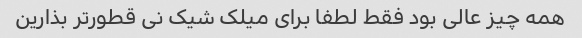
همه چیز عالی بود فقط لطفا برای میلک شیک نی قطور‌تر بذارین